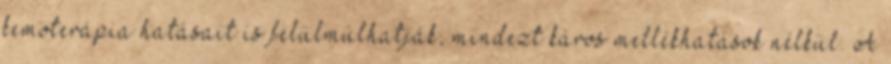
kemoterápia hatásait is felülmúlhatják, mindezt káros mellékhatások nélkül. A